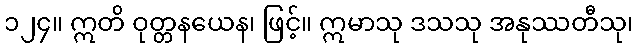
၁၂၄။ ဣတိ ဝုတ္တနယေန၊ ဖြင့်။ ဣမာသု ဒသသု အနုဿတီသု၊